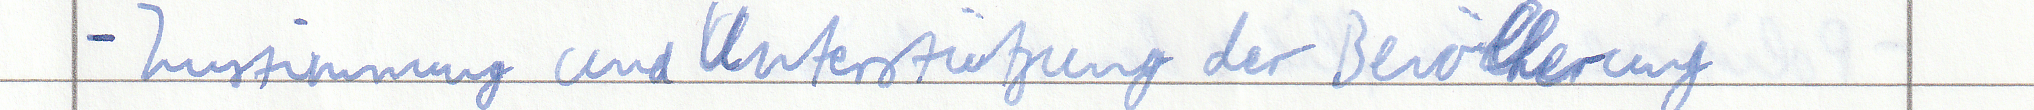
- Zustimmung und Unterstützung der Bevölkerung